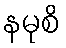
နမုစိ